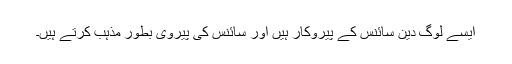
ایسے لوگ دینِ سائنس کے پیروکار ہیں اور سائنس کی پیروی بطور مذہب کرتے ہیں۔